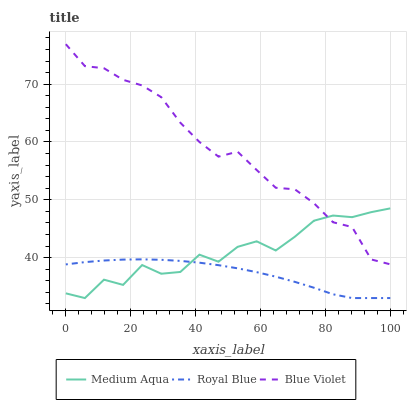
| xaxis_label | Medium Aqua | Royal Blue | Blue Violet |
 | --- | --- | --- | --- |
 | 0 | 33.8 | 38.8 | 76.9 |
 | 5.88 | 33 | 39.2 | 73.1 |
 | 11.8 | 36.2 | 39.5 | 72.8 |
 | 17.6 | 35.3 | 39.7 | 70.7 |
 | 23.5 | 38.7 | 39.7 | 69.8 |
 | 29.4 | 37.2 | 39.6 | 67.8 |
 | 35.3 | 37.5 | 39.4 | 63.3 |
 | 41.2 | 40.5 | 39.1 | 60 |
 | 47.1 | 39.3 | 38.7 | 57.5 |
 | 52.9 | 41.9 | 38.1 | 58.3 |
 | 58.8 | 42.8 | 37.5 | 55.1 |
 | 64.7 | 41.2 | 36.7 | 52.1 |
 | 70.6 | 43.6 | 35.8 | 51.8 |
 | 76.5 | 46.4 | 34.8 | 49.4 |
 | 82.4 | 47.3 | 33.7 | 46.1 |
 | 88.2 | 47 | 33 | 45.3 |
 | 94.1 | 47.9 | 33 | 39.7 |
 | 100 | 48.5 | 33 | 38.8 |